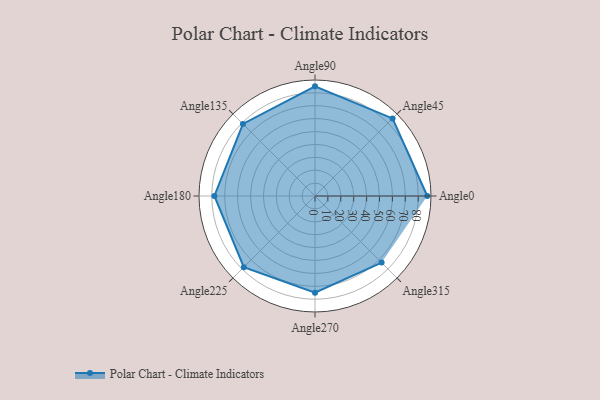
{"axis": {"x": "Angle", "y": "Radius"}, "legend": [""], "data": [{"x": "Angle0", "y": 87.0, "type": ""}, {"x": "Angle45", "y": 85.0, "type": ""}, {"x": "Angle90", "y": 85.0, "type": ""}, {"x": "Angle135", "y": 79.0, "type": ""}, {"x": "Angle180", "y": 78.0, "type": ""}, {"x": "Angle225", "y": 78.0, "type": ""}, {"x": "Angle270", "y": 75.0, "type": ""}, {"x": "Angle315", "y": 73.0, "type": ""}]}